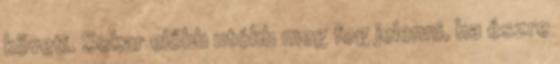
követi. Sokar előbb utóbb meg fog jelenni, ha észre